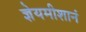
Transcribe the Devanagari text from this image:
ज्ञेयमीशानं